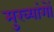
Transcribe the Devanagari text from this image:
मुख्यांगों